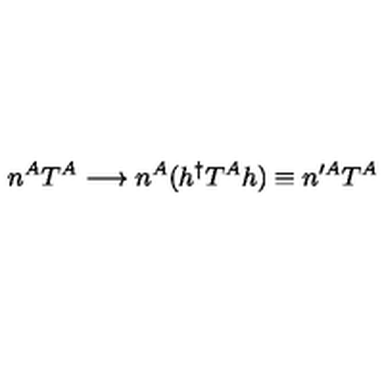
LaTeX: n ^ { A } T ^ { A } \longrightarrow n ^ { A } ( h ^ { \dagger } T ^ { A } h ) \equiv n ^ { \prime A } T ^ { A }